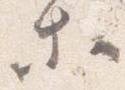
等